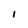
Character: 1